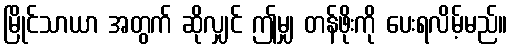
မြိုင်သာယာ အတွက် ဆိုလျှင် ဤမျှ တန်ဖိုးကို ပေးရလိမ့်မည်။